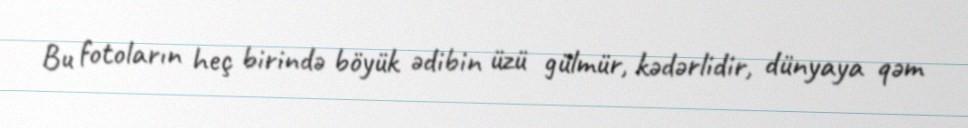
Bu fotoların heç birində böyük ədibin üzü gülmür, kədərlidir, dünyaya qəm